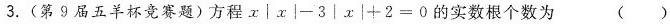
3.(第9届五羊杯竞赛题)方程$$x \left | x \right | -3 \left | x \right | + 2 = 0$$的实数根个数为()